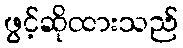
ဖွင့်ဆိုထားသည်